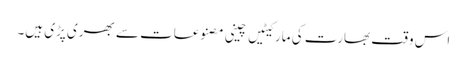
اس وقت بھارت کی مارکیٹیں چینی مصنوعات سے بھری پڑی ہیں۔